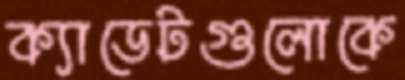
ক্যাডেটগুলোকে